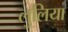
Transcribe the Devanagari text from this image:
लुलिया